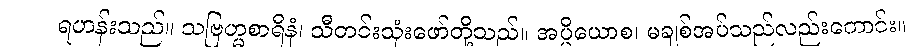
ရဟန်းသည်။ သဗြဟ္မစာရီနံ၊ သီတင်းသုံးဖော်တို့သည်။ အပ္ပိယောစ၊ မချစ်အပ်သည်လည်းကောင်း။